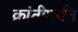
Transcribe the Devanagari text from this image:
क्रांतीपर्यंत